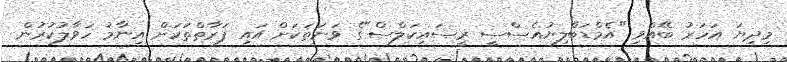
މިދިޔަ އަހަރު ބޭއްވި "އެމްޑަބްލިޔުއެސްސީ ރީސައިކަލްސް"ގެ ވަނަތަކަށް އައި ފަރާތްތަކަށް އިނާމު ހަވާލުކުރުން